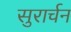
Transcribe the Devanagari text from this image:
सुरार्चन